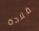
قلادة